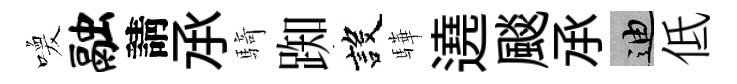
喚融請𠄘騎踟設驊遶颷𠄘迪低